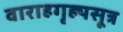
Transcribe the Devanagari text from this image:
वाराहगृह्यसूत्र